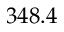
3 4 8 . 4